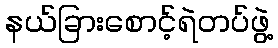
နယ်ခြားစောင့်ရဲတပ်ဖွဲ့